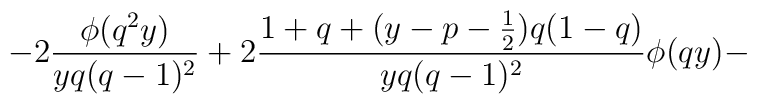
-2\frac{\phi(q^2y)}{yq(q-1)^2} +2 \frac{1+q+(y-p-\frac{1}{2})q(1-q)}{yq(q-1)^2}\phi(qy)-